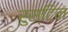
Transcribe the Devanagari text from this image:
रुस्टिन